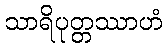
သာရိပုတ္တဿာဟံ